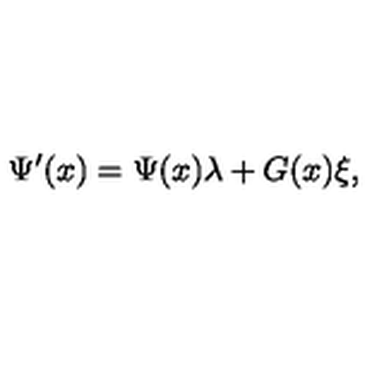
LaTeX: \Psi ^ { \prime } ( x ) = \Psi ( x ) \lambda + G ( x ) \xi ,